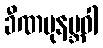
ခီဏပုနဗ္ဘဝါ